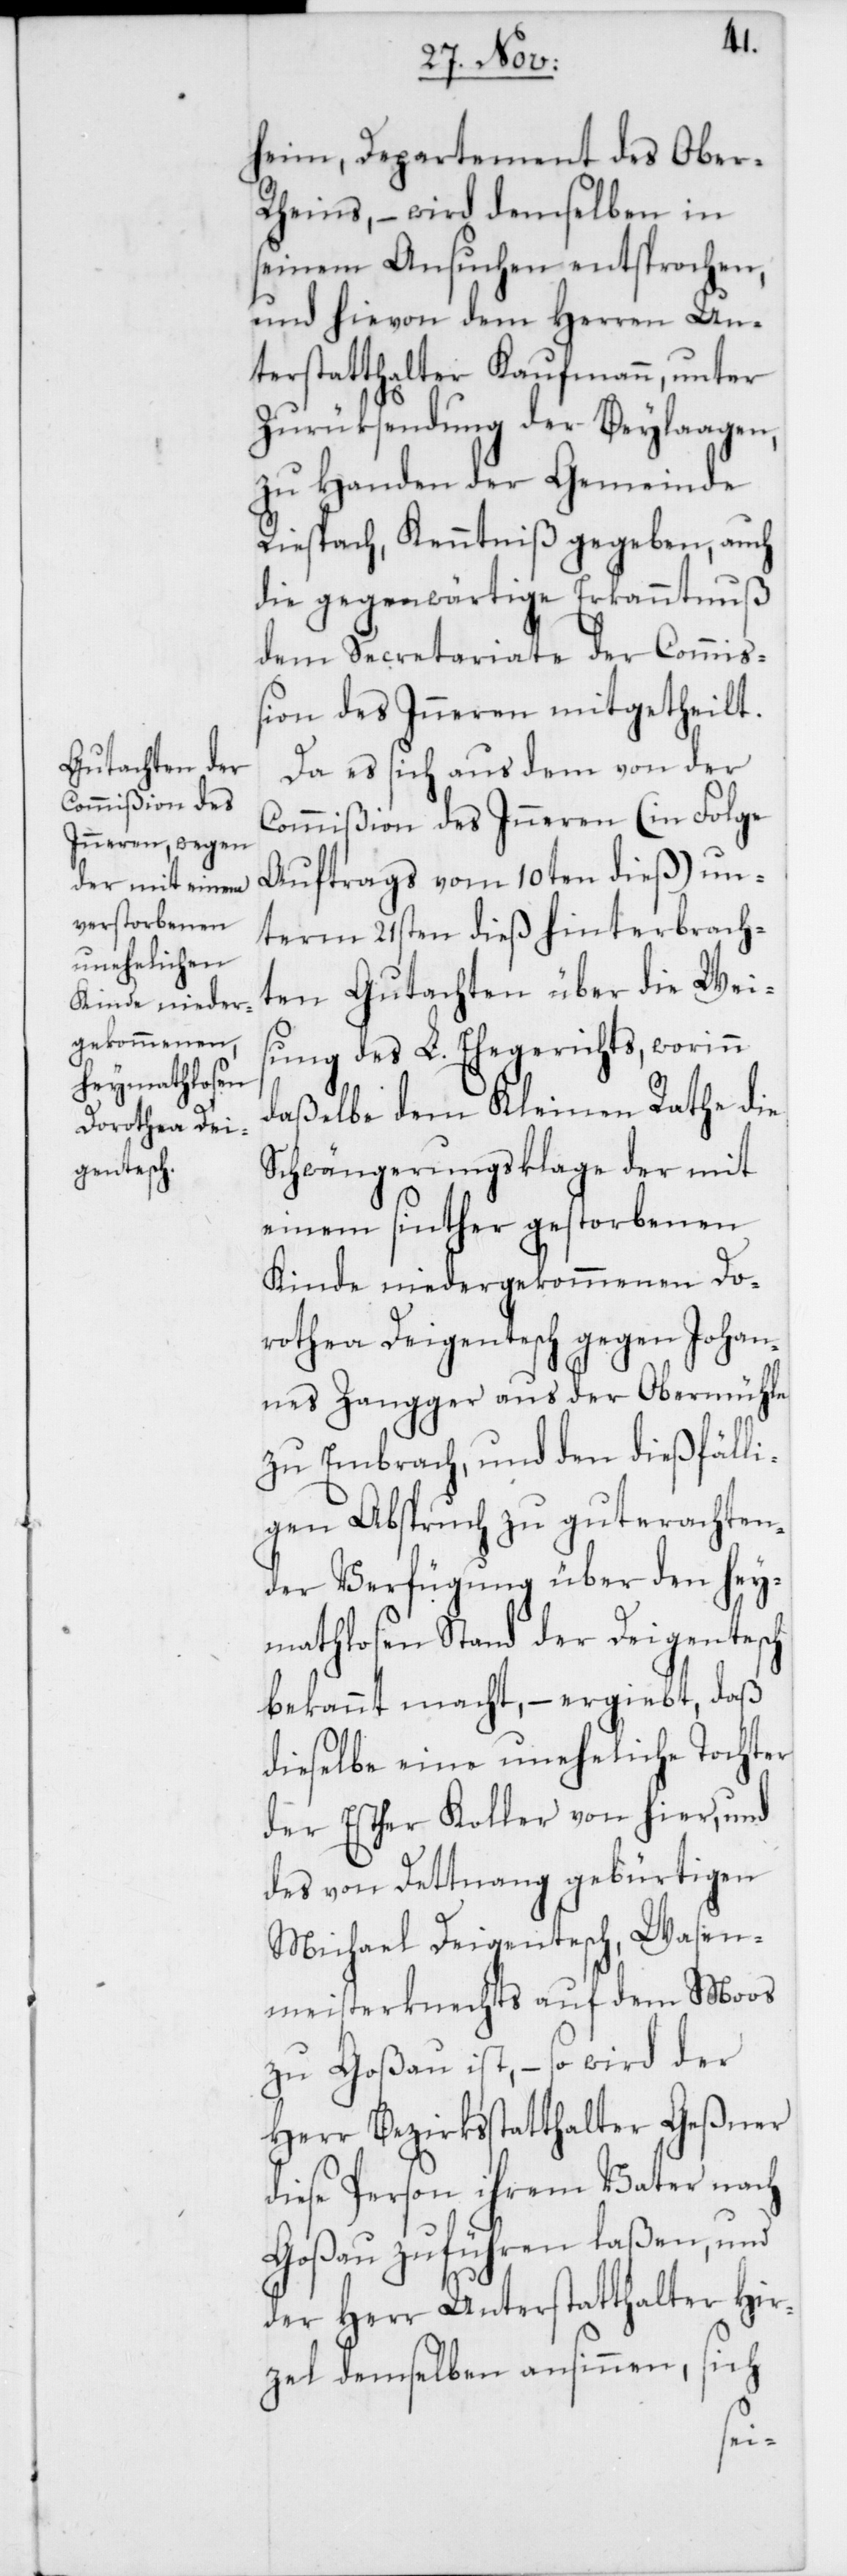
heim, Departement des Ober-R¬
heins, – wird demselben in
seinem Ansuchen entsprochen,
und hievon dem Herren Un¬
terstatthalter Kaufmann, unter
Zurüksendung der Beylagen,
zu Handen der Gemeinde
Riesbach, Kenntniß gegeben, auch
die gegenwärtige Erkanntnuß
dem Secretariate der Commiß¬
ion des Inneren mitgetheilt.
Da es sich aus dem von der
Commißion des Inneren (in Folge
Auftrags vom 10ten dieß) un¬
term 21sten dieß hinterbrach¬
ten Gutachten über die Weis¬
ung des L. Ehegerichts, worinn
daßelbe dem Kleinen Rathe die
Schwängerungsklage der mit
einem sinther gestorbenen
Kinde niedergekommenen Do¬
rothea Deigentesch gegen Johan¬
nes Zangger aus der Obermühle
zu Embrach, und den dießfälli¬
gen Abspruch zu guterachten¬
der Verfügung über den hey¬
mathlosen Stand der Deigentasch
bekannt macht, – ergibt, daß
dieselbe eine uneheliche Tochter
der Esther Koller von hier, und
des von Dettnang gebürtigen
Michael Deigentesch, Wasen¬
meisterknechts auf dem Moos
zu Goßau ist, – so wird der
Herr Bezirksstatthalter Geßner
diese Person ihrem Vater nach
Goßau zuführen laßen, und
der Herr Unterstatthalter Hir¬
sich
zel demselben ansinnen,